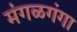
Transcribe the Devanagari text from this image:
मंगळगंगा